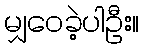
မျှဝေခဲ့ပါဦး။